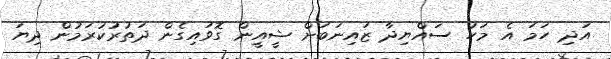
އަދި ހަމަ އެ މަހު ސައްޔިދާ ޒައިނަބަށް ޝީއީން ގޮވައިގެން ދަތުރުކުރަމުން ދިޔަ